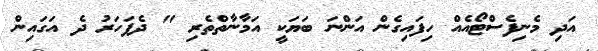
އަދި މެނިފެސްޓޯއެއް ހިފައިގެން އަންނަ ބަޔަކީ އަމާނާތްތެރި " ދެފަހަރު ދެ އަގައިން